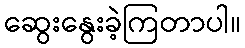
ဆွေးနွေးခဲ့ကြတာပါ။